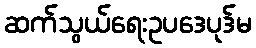
ဆက်သွယ်ရေးဥပဒေပုဒ်မ